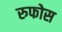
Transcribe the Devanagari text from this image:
रुफोस